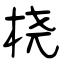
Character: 桡